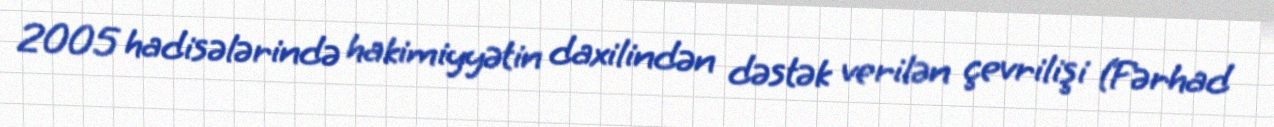
2005 hadisələrində hakimiyyətin daxilindən dəstək verilən çevrilişi (Fərhad